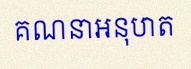
គណនាអនុបាត